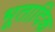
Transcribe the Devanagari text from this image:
भूतादिक